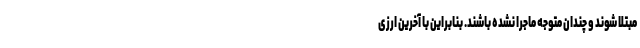
مبتلا شوند و چندان متوجه ماجرا نشده باشند. بنابراین با آخرین ارزی